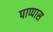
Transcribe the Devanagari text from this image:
पाप्पास